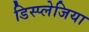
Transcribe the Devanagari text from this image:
डिस्प्लेजिया